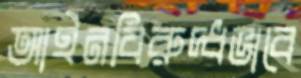
আইনবিরুদ্ধভাবে